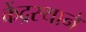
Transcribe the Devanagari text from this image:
केंद्रस्थाने